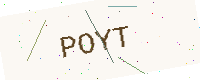
Text: POYT